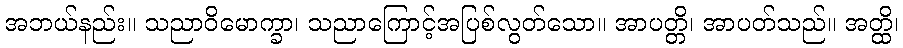
အဘယ်နည်း။ သညာဝိမောက္ခာ၊ သညာကြောင့်အပြစ်လွတ်သော။ အာပတ္တိ၊ အာပတ်သည်။ အတ္ထိ၊